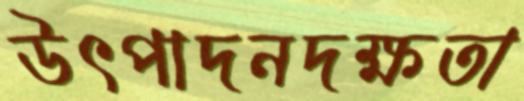
উৎপাদনদক্ষতা